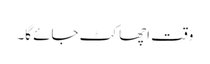
وقت اچھا کٹ جائے گا۔